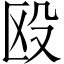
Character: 殴